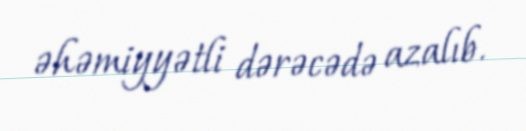
əhəmiyyətli dərəcədə azalıb.